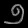
Digit: ၅